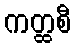
ကတ္ထစီ